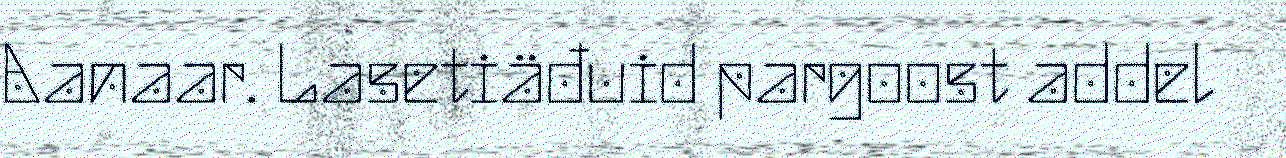
Aanaar. Lasetiäđuid pargoost addel